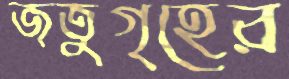
জতুগৃহের